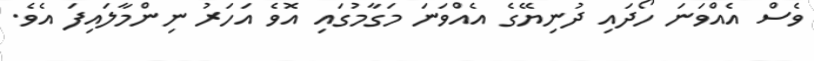
ވެސް އެއްވަނަ ހޯދައި ދުނިޔޭގެ އެއްވަނަ މަގާމުގައި އޮވެ އަހަރު ނިންމާލައިފަ އެވެ.